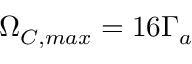
\Omega _ { C , m a x } = 1 6 \Gamma _ { a }